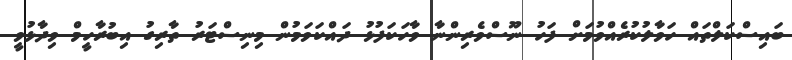
ބައިސްކަލްތައް ހަވާލުކުރެއްވުމަށް ފަހު ނޫސްވެރިންނާ ވާހަކަފުޅު ދައްކަވަމުން މިނިސްޓަރު ތާރިގު އިބުރާހީމް ވިދާޅުވީ